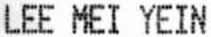
LEE MEI YEIN